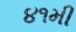
૪૧મી